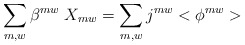
\begin{align*}\sum_{m,w} \beta^{mw} \; X_{mw} = \sum_{m,w} j^{mw} < \phi^{mw} > \;\end{align*}